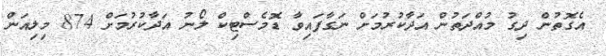
އެގޮތުން ދިގު މުއްދަތުން އަދާކުރުމަށް ނަގާފައިވާ ޑޮމެސްޓިކް ލޯނު އަދާކުރުމަށް 874 މިލިއަން